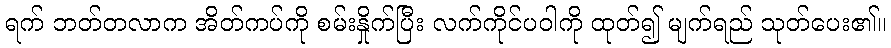
ရက် ဘတ်တလာက အိတ်ကပ်ကို စမ်းနှိုက်ပြီး လက်ကိုင်ပဝါကို ထုတ်၍ မျက်ရည် သုတ်ပေး၏။